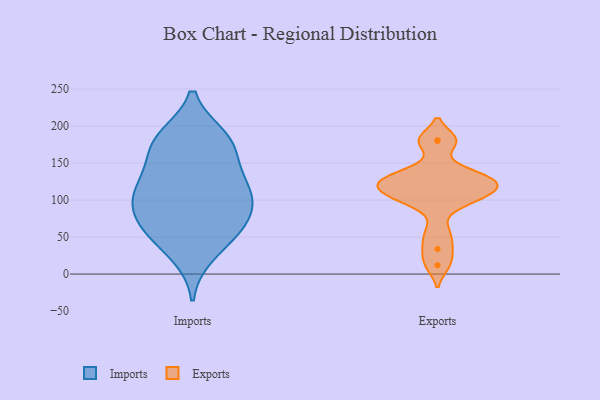
{"axis": {"x": "Headcount", "y": "Value"}, "legend": ["Exports", "Imports"], "data": [{"x": "", "y": 176, "type": "Imports"}, {"x": "", "y": 113, "type": "Imports"}, {"x": "", "y": 172, "type": "Imports"}, {"x": "", "y": 123, "type": "Imports"}, {"x": "", "y": 138, "type": "Imports"}, {"x": "", "y": 182, "type": "Imports"}, {"x": "", "y": 27, "type": "Imports"}, {"x": "", "y": 184, "type": "Imports"}, {"x": "", "y": 72, "type": "Imports"}, {"x": "", "y": 109, "type": "Imports"}, {"x": "", "y": 90, "type": "Imports"}, {"x": "", "y": 52, "type": "Imports"}, {"x": "", "y": 104, "type": "Imports"}, {"x": "", "y": 56, "type": "Imports"}, {"x": "", "y": 74, "type": "Imports"}, {"x": "", "y": 34, "type": "Exports"}, {"x": "", "y": 130, "type": "Exports"}, {"x": "", "y": 12, "type": "Exports"}, {"x": "", "y": 109, "type": "Exports"}, {"x": "", "y": 119, "type": "Exports"}, {"x": "", "y": 99, "type": "Exports"}, {"x": "", "y": 128, "type": "Exports"}, {"x": "", "y": 181, "type": "Exports"}, {"x": "", "y": 124, "type": "Exports"}, {"x": "", "y": 180, "type": "Exports"}, {"x": "", "y": 57, "type": "Exports"}, {"x": "", "y": 116, "type": "Exports"}, {"x": "", "y": 140, "type": "Exports"}, {"x": "", "y": 98, "type": "Exports"}]}